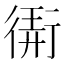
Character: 𢕁